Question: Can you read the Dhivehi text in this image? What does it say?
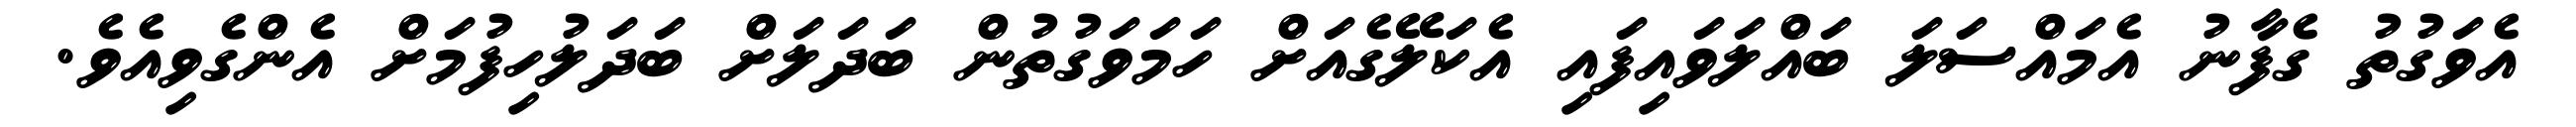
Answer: އެވަގުތު ގެފާނު އެމައްސަލަ ބައްލަވައިފައި އެކަލޭގެއަށް ހަމަވަގުތުން ބަދަލަށް ބަދަލުހިފުމަށް އެންގެވިއެވެ.